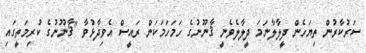
ސަރުކާރުން ތިޔަހެން ދީލާލާނަމަ ދީލާލެވެނީ ޤާނޫނުގެ ހަމަހަމަކަން ރައީސް އެވިދާޅުވާ "ޤާނޫނުގެ ކުރިމަތީގައި